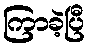
ကြာခဲ့ပြီ